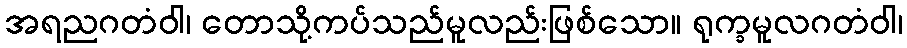
အရညဂတံဝါ၊ တောသို့ကပ်သည်မူလည်းဖြစ်သော။ ရုက္ခမူလဂတံဝါ၊